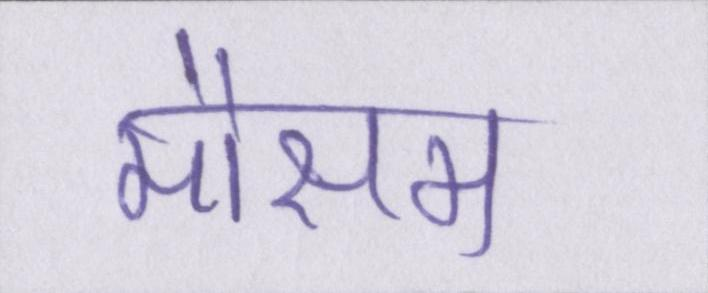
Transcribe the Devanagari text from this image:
मौसम